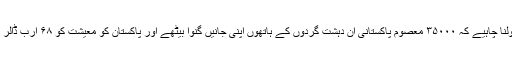
ہمین یہ نہ بھولنا چاہیے کہ ۳۵۰۰۰ معصوم پاکستانی ان دہشت گردوں کے ہاتھوں اپنی جانیں گنوا بیٹھے اور پاکستان کو معیشت کو ۶۸ ارب ڈالر کا نقصان ہوا۔